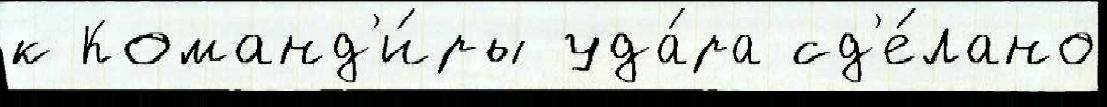
к Команд'и́ры уда́ра сд'е́лано